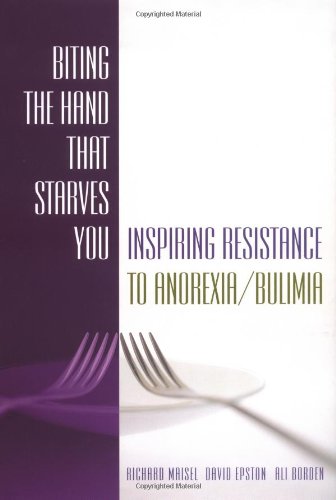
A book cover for Biting the Hand that Starves You: Inspiring Resistance to Anorexia/Bulimia (Norton Professional Books); Richard Maisel; Health, Fitness & Dieting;